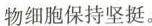
物细胞保持坚挺。